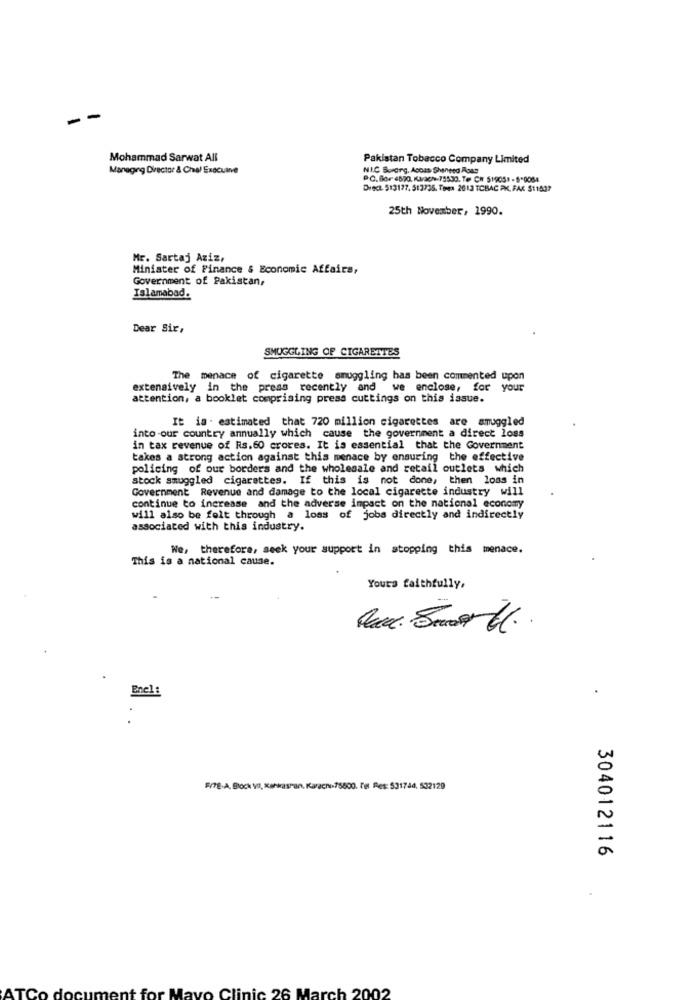
--
Mohammad Sarwat All
Pakistan Tobacco Company Limited
Managing Director & Chal Execuine
NI.C Bordrg, Aopas Shaneed Roas
PC.Bor 48/0, Karach-75530. Te CH 519051 - 5-0084
Drect. 513177. 513735, Toma 2013 TOBAC PK, FAX $11537
25th November, 1990.
Mr. Sartaj Aziz,
Minister of Finance & Economic Affairs,
Government of Pakistan,
Islamabad.
Dear Sir,
SMUGGLING OF CIGARETTES
The menace of cigarette smuggling has been commented upon
extensively in the press recently and we enclose, for your
attention, a booklet comprising press cuttings on this issue.
It is . estimated that 720 million cigarettes are smuggled
into our country annually which cause the government a direct loss
in tax revenue of Rs.60 crores. It is essential that the Government
takes a strong action against this menace by ensuring the effective
policing of our borders and the wholesale and retail outlets which
stock smuggled cigarettes. If this is not done, then loss in
Government Revenue and damage to the local cigarette industry will
continue to increase and the adverse impact on the national economy
will also be felt through a loss of jobs directly and indirectly
associated with this industry.
We, therefore, seek your support in stopping this menace.
This is a national cause.
Yours faithfully,
Que. Smar th.
Enel:
F/TE-A, Block VI, Kafkasran, Karaci.75800, l'et Res: 531744, 532129
304012116
AT
Clinic 26 March 2002